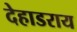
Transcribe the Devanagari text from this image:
देहाडराय